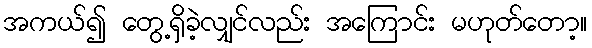
အကယ်၍ တွေ့ရှိခဲ့လျှင်လည်း အကြောင်း မဟုတ်တော့။